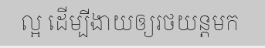
ល្អ ដើម្បីងាយឲ្យរថយន្តមក